Report of the Bombay Plague Committee
Disease focus: Plague
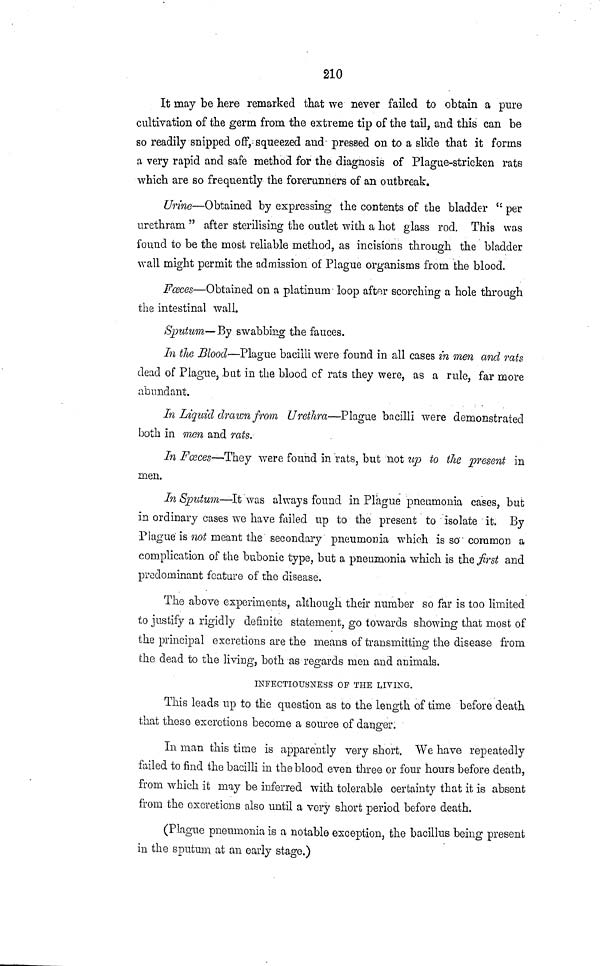
210
It may be here remarked that we never failed to obtain a pure
cultivation of the germ from the extreme tip of the tail, and this can be
so readily snipped off, squeezed and pressed on to a slide that it forms
a very rapid and safe method for the diagnosis of Plague-stricken rats
which are so frequently the forerunners of an outbreak.
Urine—Obtained by expressing the contents of the bladder " per
urethram " after sterilising the outlet with a hot glass rod. This was
found to be the most reliable method, as incisions through the bladder
wall might permit the admission of Plague organisms from the blood.
Fceces—Obtained on a platinum loop after scorching a hole through
the intestinal wall.
Sputum—By swabbing the fauces.
In the Blood—Plague bacilli were found in all cases in men and rats
dead of Plague, bat in the blood of rats they were, as a rule, far more
abundant.
In Liquid drawn from Urethra—Plague bacilli were demonstrated
both in men and rats.
In Forces—They were found in rats, but not up to the present in
men.
In Sputum—It was always found in Plague pneumonia cases, but
in ordinary cases we have failed up to the present to isolate it. By
Plague is not meant the secondary pneumonia which is so common a
complication of the bubonic type, but a pneumonia which is the frst and
predominant feature of the disease.
The above experiments, although their number so far is too limited
to justify a rigidly definite statement, go towards showing that most of
the principal excretions are the means of transmitting the disease from
the dead to the living, both as regards men and animals.
INFBOTIOUBNEBS OF THE LIVING.
This leads up to the question as to the length of time before death
that these excretions become a source of danger.
In man this time is apparently very short. We have repeatedly
failed to find the bacilli in the blood even three or four hours before death,
from which it may be inferred with tolerable certainty that it is absent
from the excretions also until a very short period before death.
(Plague pneumonia is a notable exception, the bacillus being present
in the sputum at an early stage.)